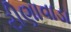
રીણાવાડા